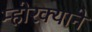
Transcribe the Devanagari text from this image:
म्होरक्याने